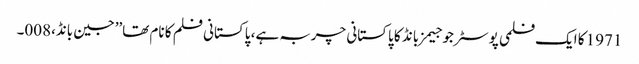
1971 کا ایک فلمی پوسٹر جو جیمز بانڈ کا پاکستانی چربہ ہے، پاکستانی فلم کا نام تھا’’جین بانڈ،008۔